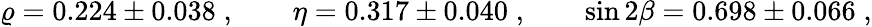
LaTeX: \varrho=0.224\pm 0.038\; ,\qquad\eta=0.317\pm 0.040\; ,\qquad\sin{2\beta}=0.698\pm 0.066\; ,